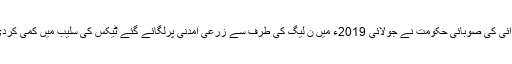
پی ٹی آئی کی صوبائی حکومت نے جولائی 2019ء میں ن لیگ کی طرف سے زرعی آمدنی پرلگائے گئے ٹیکس کی سلیب میں کمی کردی تھی۔